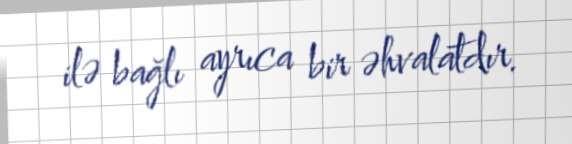
ilə bağlı ayrıca bir əhvalatdır.